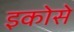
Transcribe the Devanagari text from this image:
इकोसे